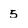
Character: 5